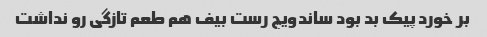
بر خورد پیک بد بود ساندویچ رست بیف هم طعم تازگی رو نداشت